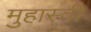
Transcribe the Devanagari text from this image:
मुहास्वी